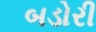
બડોરી